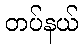
တပ်နယ်